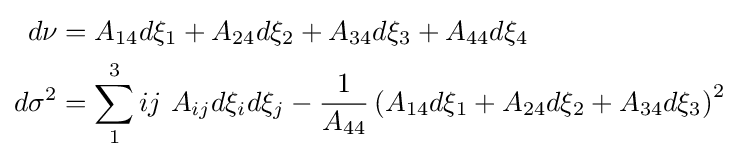
{\begin{aligned}d\nu &=A_{14}d\xi _{1}+A_{24}d\xi _{2}+A_{34}d\xi _{3}+A_{44}d\xi _{4}\\d\sigma ^{2}&=\sum _{1}^{3}ij\ A_{ij}d\xi _{i}d\xi _{j}-{\frac {1}{A_{44}}}\left(A_{14}d\xi _{1}+A_{24}d\xi _{2}+A_{34}d\xi _{3}\right)^{2}\end{aligned}}